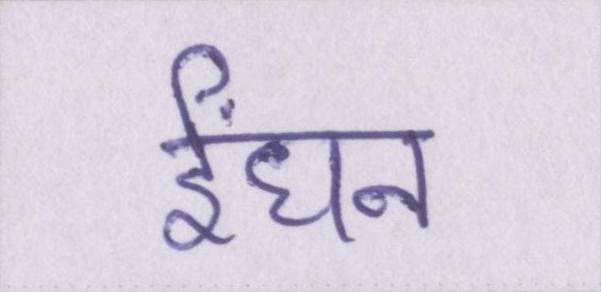
ईंधन